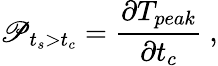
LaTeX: \mathscr{P}_{t_{s}>t_{c}}=\frac{\partial T_{peak}}{\partial t_{c}}~,